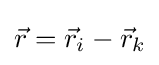
{\vec {r}}={\vec {r}}_{i}-{\vec {r}}_{k}